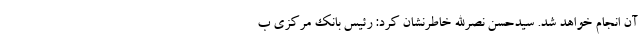
آن انجام خواهد شد. سیدحسن نصرالله خاطرنشان کرد: رئیس بانک مرکزی ب